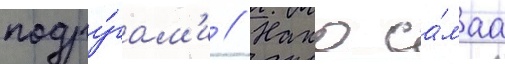
подру́гам'и // Нако са́маа